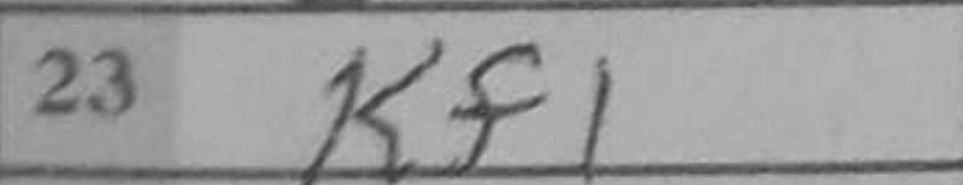
Transcription: Kf1